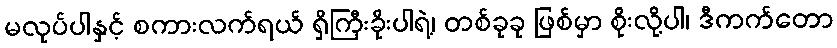
မလုပ်ပါနှင့် စကားလက်ရယ် ရှိကြီးခိုးပါရဲ့၊ တစ်ခုခု ဖြစ်မှာ စိုးလို့ပါ၊ ဒီကက်တော